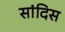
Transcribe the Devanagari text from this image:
सांदिस